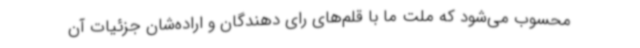
محسوب می‌شود که ملت ما با قلم‌های رای دهندگان و اراده‌شان جزئیات آن